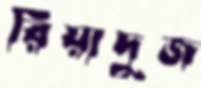
রিয়াদুজ